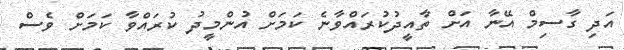
އަދި ގާސިމް އޭނާ އަށް ތާއީދުކުރައްވާނެ ކަމަށް އުންމީދު ކުރައްވާ ކަމަށް ވެސް